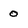
Character: O